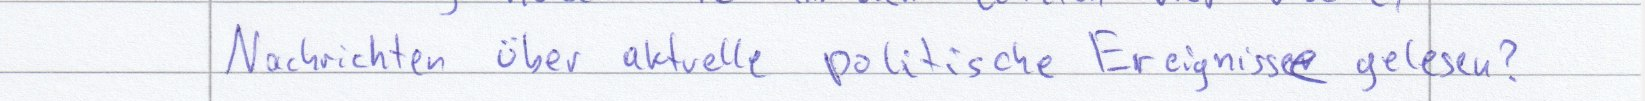
Nachrichten über aktuelle politische Ereignisse gelesen?